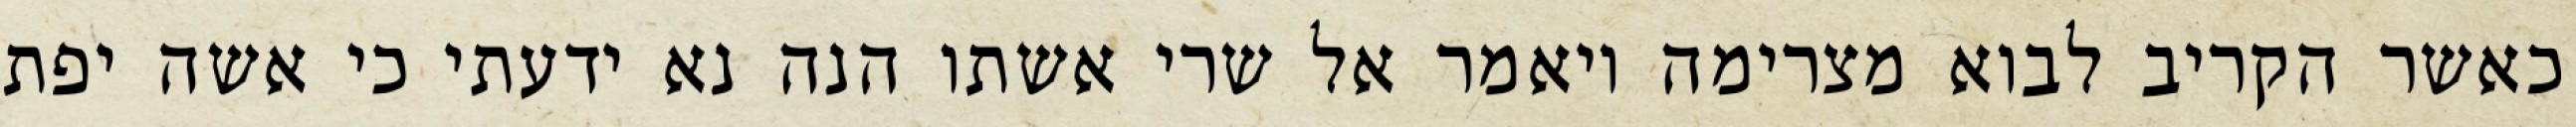
כאשר הקריב לבוא מצרימה ויאמר אל שרי אשתו הנה נא ידעתי כי אשה יפת